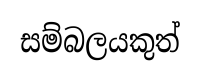
සම්බලයකුත්